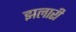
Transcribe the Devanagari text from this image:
झलारी